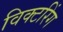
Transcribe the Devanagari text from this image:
विक्टरिंग